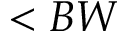
< B W